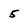
Character: 5